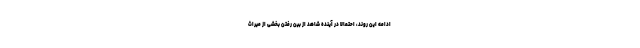
ادامه این روند، احتمالاً در آینده شاهد از بین رفتنِ بخشی از میراثِ